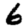
Digit: 6